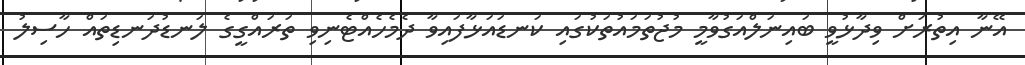
އޭނާ އިތުރަށް ވިދާޅުވީ ބައިނަލްއަގުވާމީ މުޖުތަމައުތަކުގައި ކަނޑައަޅާފައިވާ ދެމެހެއްޓެނިވި ތަރައްގީގެ ލަނޑުދަނޑިތައް ހާސިލު